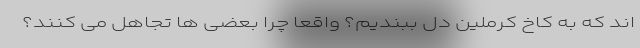
اند که به کاخ کرملین دل ببندیم؟ واقعاً چرا بعضی ها تجاهل می کنند؟